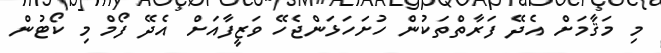
މި މަޤާމަށް އެދޭ ފަރާތްތަކުން ހުށަހަޅަންޖެހޭ ވަޒީފާއަށް އެދޭ ފޯމް މި ކޯޓުން